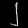
Digit: ၂